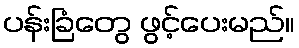
ပန်းခြံတွေ ဖွင့်ပေးမည်။